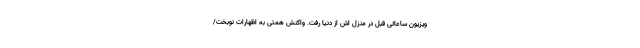
ویزیون ساعاتی قبل در منزل اش از دنیا رفت. واکنش همتی به اظهارات نوبخت/